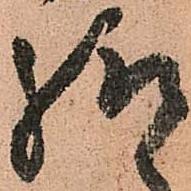
給